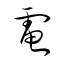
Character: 電